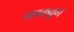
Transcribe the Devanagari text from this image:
धडकवून